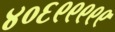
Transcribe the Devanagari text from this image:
४०६९९९९९